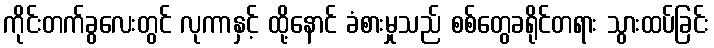
ကိုင်းတက်ခွလေးတွင် လုကာနှင့် ထို့နောင် ခံစားမှုသည် စစ်တွေခရိုင်တရား သွားထပ်ခြင်း